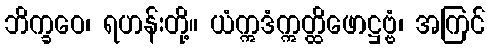
ဘိက္ခဝေ၊ ရဟန်းတို့။ ယံဣဒံဣတ္ထိဖောဋ္ဌဗ္ဗံ၊ အကြင်